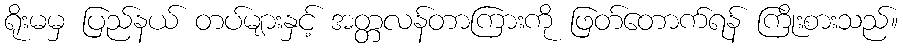
ရိုးမမှ ပြည်နယ် တပ်များနှင့် အတ္တလန်တာကြားကို ဖြတ်တောက်ရန် ကြိုးစားသည်။